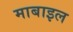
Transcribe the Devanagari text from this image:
माबाइल